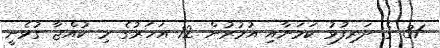
31 ގެ ދަރިފުޅު ކަމަށާއި އުމުރުން 12 އަހަރުގެެ މި ކުއްޖާ ގުޅެނީ